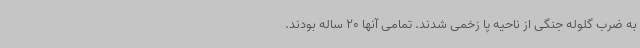
به ضرب گلوله جنگی از ناحیه پا زخمی شدند. تمامی آنها 20 ساله بودند.